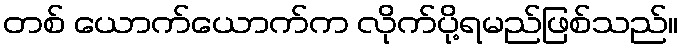
တစ် ယောက်ယောက်က လိုက်ပို့ရမည်ဖြစ်သည်။